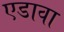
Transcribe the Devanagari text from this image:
एडावा